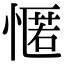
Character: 㥾